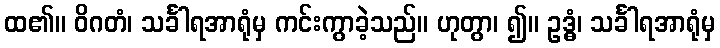
ထ၏။ ဝိဂတံ၊ သင်္ခါရအာရုံမှ ကင်းကွာခဲ့သည်။ ဟုတွာ၊ ၍။ ဥဒ္ဓံ၊ သင်္ခါရအာရုံမှ